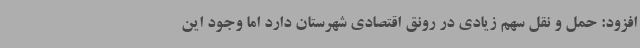
افزود: حمل و نقل سهم زیادی در رونق اقتصادی شهرستان دارد اما وجود این